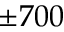
\pm 7 0 0